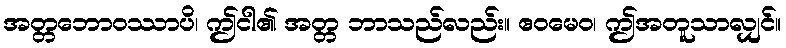
အတ္တဘောဝဿာပိ၊ ဤငါ၏ အတ္တ ဘာသည်လည်း။ ဧဝမေဝ၊ ဤအတူသာလျှင်။